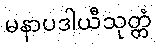
မနာပဒါယီသုတ္တံ